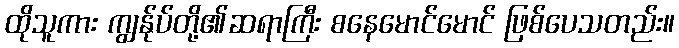
ထိုသူကား ကျွန်ုပ်တို့၏ဆရာကြီး စနေမောင်မောင် ဖြစ်ပေသတည်း။